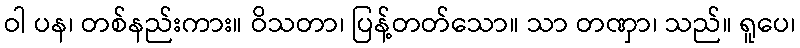
ဝါ ပန၊ တစ်နည်းကား။ ဝိသတာ၊ ပြန့်တတ်သော။ သာ တဏှာ၊ သည်။ ရူပေ၊